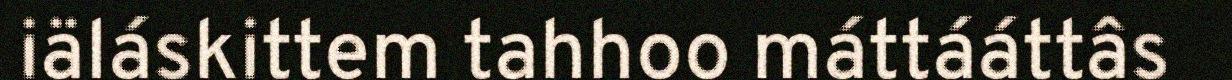
iäláskittem tahhoo máttááttâs